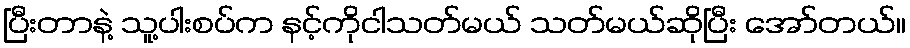
ပြီးတာနဲ့ သူ့ပါးစပ်က နင့်ကိုငါသတ်မယ် သတ်မယ်ဆိုပြီး အော်တယ်။